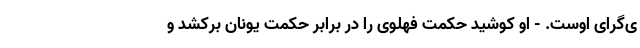
ی‌گرای اوست. - او کوشید حکمت فهلوی‌ را در برابر حکمت یونان برکشد و